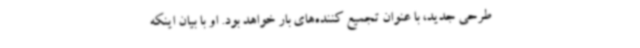
طرحی جدید، با عنوان تجمیع کننده‌های بار خواهد بود. او با بیان اینکه